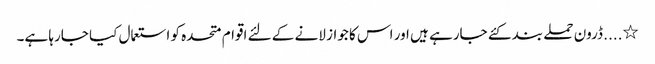
٭.... ڈرون حملے بند کئے جارہے ہیں اور اس کا جواز لانے کے لئے اقوام متحدہ کو استعمال کیا جارہا ہے۔